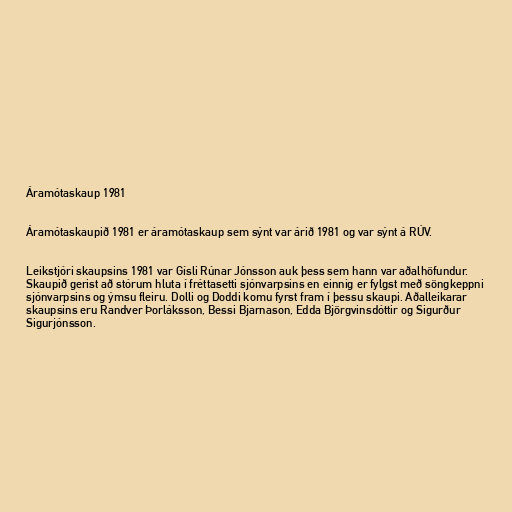
Áramótaskaup 1981

Áramótaskaupið 1981 er áramótaskaup sem sýnt var árið 1981 og var sýnt á RÚV.

Leikstjóri skaupsins 1981 var Gísli Rúnar Jónsson auk þess sem hann var aðalhöfundur.
Skaupið gerist að stórum hluta í fréttasetti sjónvarpsins en einnig er fylgst með söngkeppni
sjónvarpsins og ýmsu fleiru. Dolli og Doddi komu fyrst fram í þessu skaupi. Aðalleikarar
skaupsins eru Randver Þorláksson, Bessi Bjarnason, Edda Björgvinsdóttir og Sigurður
Sigurjónsson.